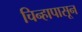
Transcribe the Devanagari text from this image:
चिन्हापासून